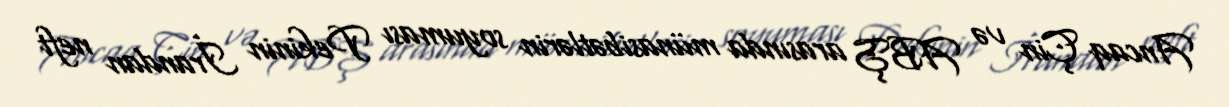
Ancaq Çin və ABŞ arasında münasibətlərin soyuması Pekinin İrandan neft